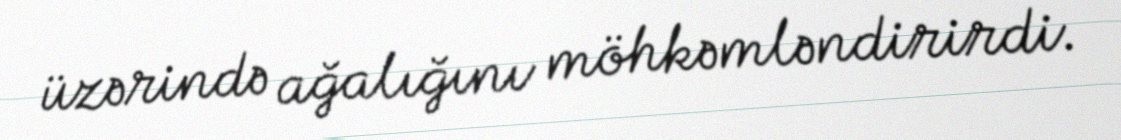
üzərində ağalığını möhkəmləndirirdi.